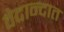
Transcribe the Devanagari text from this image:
वेदान्दात